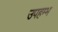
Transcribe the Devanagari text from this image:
उपहम्भ